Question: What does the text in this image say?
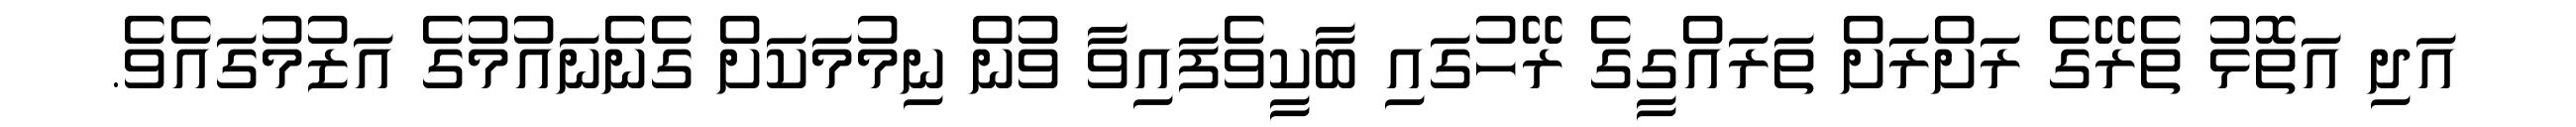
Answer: އަދި އަތޮޅު ތެރޭގެ ރަށްރަށް ތަރައްގީގެ ރޭހުގައި ބާކީވެފައިވާ ވުން ނިމުމަކަށް ގެނެނައުމުގެ އަޒުމުގައެވެ.